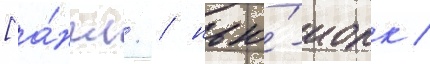
[а́нгл. / нью́-иорк /